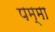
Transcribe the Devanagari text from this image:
पम्मा